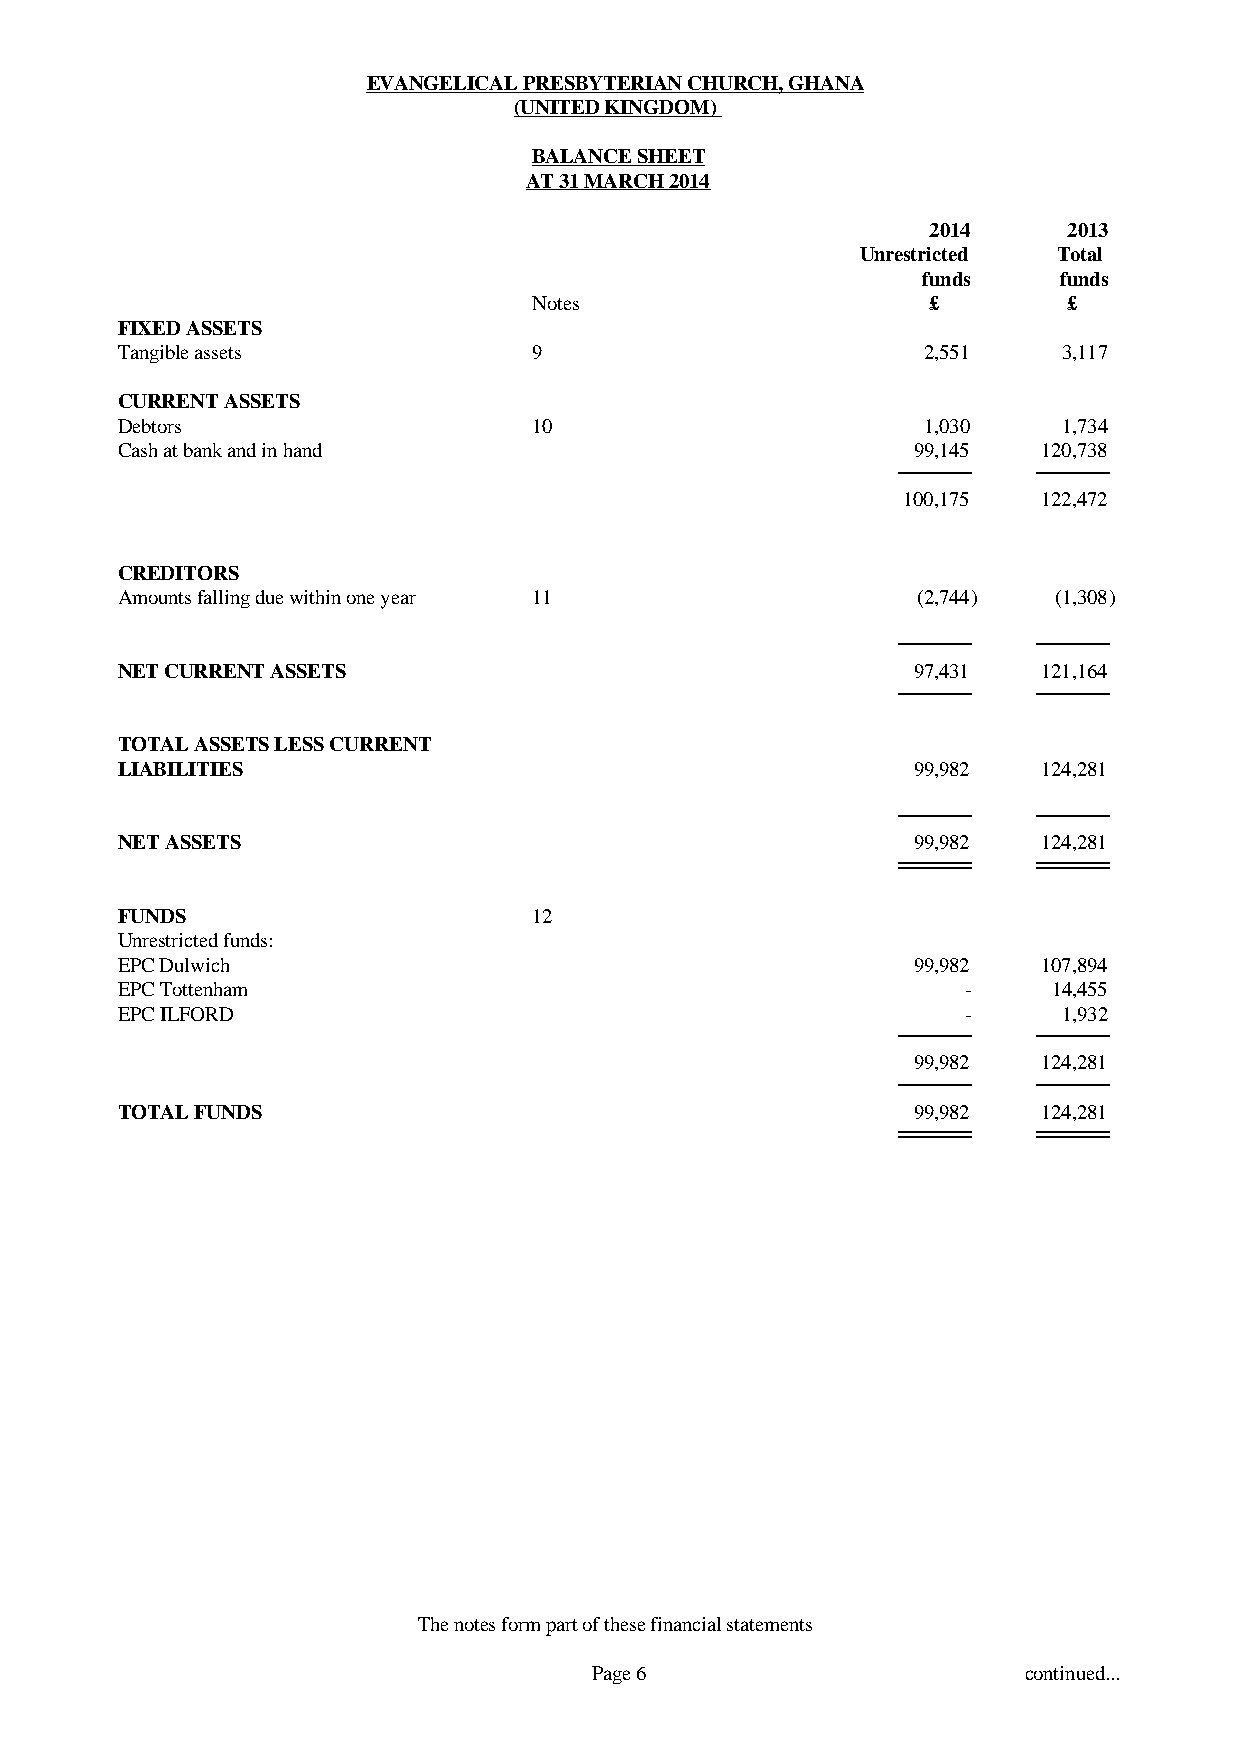
EVANGELICAL PRESBYTERIAN CHURCH, GHANA
 (UNITED KINGDOM)
 BALANCE SHEET
 AT 31 MARCH 2014
 2014     2013
 Unrestricted Total
 funds    funds
 Notes                      £        £
 FIXED ASSETS
 Tangible assets            9                         2,551    3,117
 CURRENT ASSETS
 Debtors                    10                        1,030    1,734
 Cash at bank and in hand                            99,145   120,738
 100,175  122,472
 CREDITORS
 Amounts falling due within one year 11               (2,744)  (1,308)
 NET CURRENT ASSETS                                  97,431   121,164
 TOTAL ASSETS LESS CURRENT
 LIABILITIES                                         99,982   124,281
 NET ASSETS                                          99,982   124,281
 FUNDS                      12
 Unrestricted funds:
 EPC Dulwich                                         99,982   107,894
 EPC Tottenham                                           -     14,455
 EPC ILFORD                                              -     1,932
 99,982   124,281
 TOTAL FUNDS                                         99,982   124,281
 The notes form part of these financial statements
 Page 6                       continued...